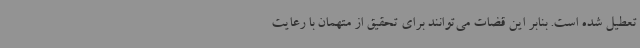
تعطیل شده است. بنابر این قضات می‌توانند برای تحقیق از متهمان با رعایت